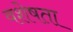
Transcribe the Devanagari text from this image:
वशेषता